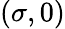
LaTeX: (\sigma,0)